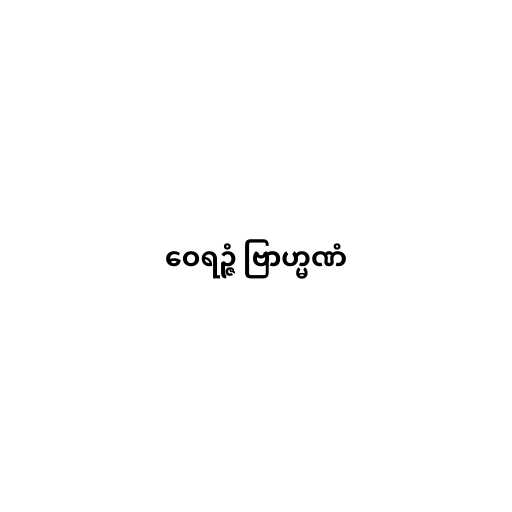
ဝေရဉ္ဇံ ဗြာဟ္မဏံ